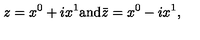
z = x ^ { 0 } + i x ^ { 1 } \mathrm { a n d } \bar { z } = x ^ { 0 } - i x ^ { 1 } ,